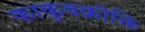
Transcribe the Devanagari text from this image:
काकुवक्रोक्ति